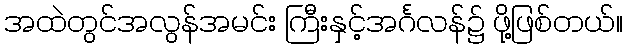
အထဲတွင်အလွန်အမင်း ကြီးနှင့်အင်္ဂလန်၌ ဖို့ဖြစ်တယ်။